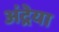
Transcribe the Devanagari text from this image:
अंद्रेया